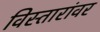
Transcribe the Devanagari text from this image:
विस्तारांवर